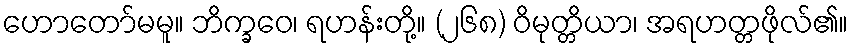
ဟောတော်မမူ။ ဘိက္ခဝေ၊ ရဟန်းတို့။ (၂၆၈) ဝိမုတ္တိယာ၊ အရဟတ္တဖိုလ်၏။